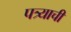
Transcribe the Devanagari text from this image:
पत्र्याची